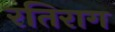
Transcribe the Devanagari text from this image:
रतिराग